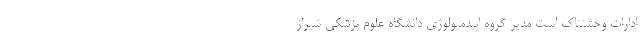
ادارات وحشتناک است مدیر گروه اپیدمیولوژی دانشگاه علوم پزشکی شیراز